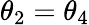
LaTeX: \theta_{2}=\theta_{4}